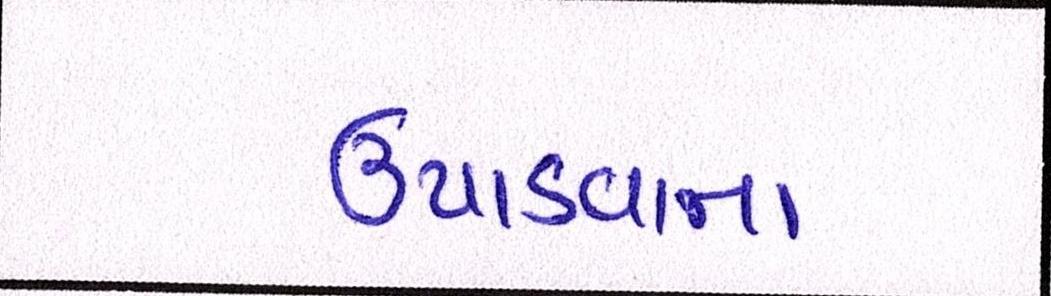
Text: ઉપાડવાના